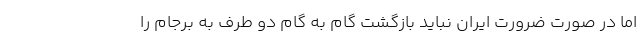
اما در صورت ضرورت ایران نباید بازگشت گام به گام دو طرف به برجام را